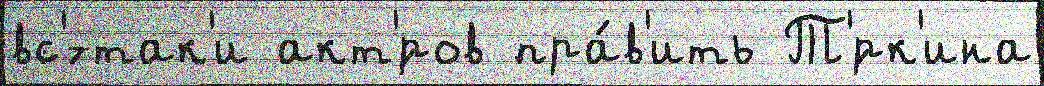
вс'́-так'и акт'́ров пра́в'ить Т'́рк'ина